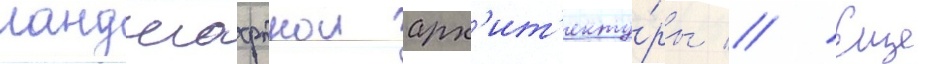
ландшафтнои арх'ит'екту́ры // Еще